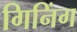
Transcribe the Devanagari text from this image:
गिनिंग